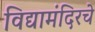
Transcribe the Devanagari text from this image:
विद्यामंदिरचे